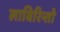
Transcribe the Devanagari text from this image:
लाबिरिन्तो